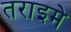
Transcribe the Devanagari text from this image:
तराइमे